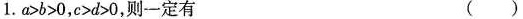
1.$$a > b > 0$$,$$c > d > 0$$,则一定有 ( )